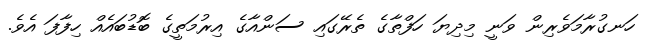
ހަނގުރާމަވެރިން ވަނީ މިދިޔަ ހަފްތާގެ ތެރޭގައި ސަންއާގެ އިރުމަތީގެ ބޮޑުބައެއް ހިފާފަ އެވެ.